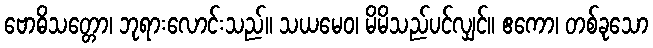
ဗောဓိသတ္တော၊ ဘုရားလောင်းသည်။ သယမေဝ၊ မိမိသည်ပင်လျှင်။ ဧကော၊ တစ်ခုသော